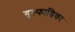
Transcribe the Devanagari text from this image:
गुल्फाग्रिका